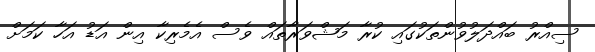
ސިއްރު ބައްދަލުވުންތަކުގައި ކުރާ މަޝްވަރާތައް ވެސް އެެމެރިކާ އިން އަޑު އަހާ ކަމަށް